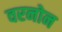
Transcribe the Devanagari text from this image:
वरनोन